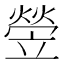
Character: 𤍩